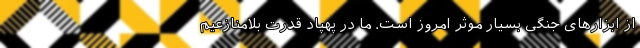
از ابزارهای جنگی بسیار موثر امروز است. ما در پهپاد قدرت بلامنازعیم